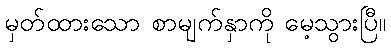
မှတ်ထားသော စာမျက်နှာကို မေ့သွားပြီ။